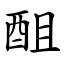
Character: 䣯